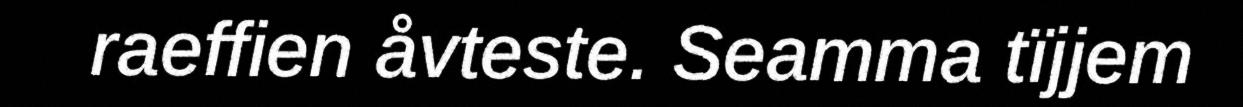
raeffien åvteste. Seamma tïjjem